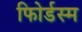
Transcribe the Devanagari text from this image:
फोिर्डस्म